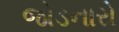
જોડનારો